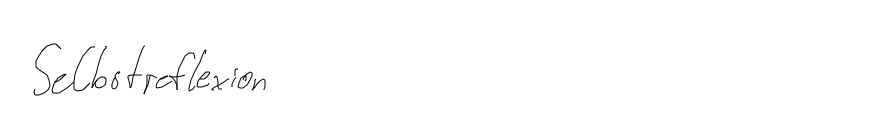
Selbstreflexion